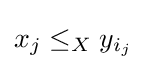
x_{j}\leq _{X}y_{i_{j}}